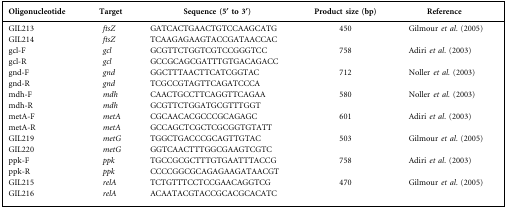
<table><thead><tr><td><b>Oligonucleotide</b></td><td><b>Target</b></td><td><b>Sequence (5′ to 3′)</b></td><td><b>Product size (bp)</b></td><td><b>Reference</b></td></tr></thead><tbody><tr><td>GIL213</td><td><i>ftsZ</i></td><td>GATCACTGAACTGTCCAAGCATG</td><td>450</td><td>Gilmour <i>et al.</i> (2005)</td></tr><tr><td>GIL214</td><td><i>ftsZ</i></td><td>TCAAGAGAAGTACCGATAACCAC</td><td></td><td></td></tr><tr><td>gcl-F</td><td><i>gcl</i></td><td>GCGTTCTGGTCGTCCGGGTCC</td><td>758</td><td>Adiri <i>et al.</i> (2003)</td></tr><tr><td>gcl-R</td><td><i>gcl</i></td><td>GCCGCAGCGATTTGTGACAGACC</td><td></td><td></td></tr><tr><td>gnd-F</td><td><i>gnd</i></td><td>GGCTTTAACTTCATCGGTAC</td><td>712</td><td>Noller <i>et al.</i> (2003)</td></tr><tr><td>gnd-R</td><td><i>gnd</i></td><td>TCGCCGTAGTTCAGATCCCA</td><td></td><td></td></tr><tr><td>mdh-F</td><td><i>mdh</i></td><td>CAACTGCCTTCAGGTTCAGAA</td><td>580</td><td>Noller <i>et al.</i> (2003)</td></tr><tr><td>mdh-R</td><td><i>mdh</i></td><td>GCGTTCTGGATGCGTTTGGT</td><td></td><td></td></tr><tr><td>metA-F</td><td><i>metA</i></td><td>CGCAACACGCCCGCAGAGC</td><td>601</td><td>Adiri <i>et al.</i> (2003)</td></tr><tr><td>metA-R</td><td><i>metA</i></td><td>GCCAGCTCGCTCGCGGTGTATT</td><td></td><td></td></tr><tr><td>GIL219</td><td><i>metG</i></td><td>TGGCTGACCCGCAGTTGTAC</td><td>503</td><td>Gilmour <i>et al.</i> (2005)</td></tr><tr><td>GIL220</td><td><i>metG</i></td><td>GGTCAACTTTGGCGAAGTCGTC</td><td></td><td></td></tr><tr><td>ppk-F</td><td><i>ppk</i></td><td>TGCCGCGCTTTGTGAATTTACCG</td><td>758</td><td>Adiri <i>et al.</i> (2003)</td></tr><tr><td>ppk-R</td><td><i>ppk</i></td><td>CCCCGGCGCAGAGAAGATAACGT</td><td></td><td></td></tr><tr><td>GIL215</td><td><i>relA</i></td><td>TCTGTTTCCTCCGAACAGGTCG</td><td>470</td><td>Gilmour <i>et al.</i> (2005)</td></tr><tr><td>GIL216</td><td><i>relA</i></td><td>ACAATACGTACCGCACGCACATC</td><td></td><td></td></tr></tbody></table>